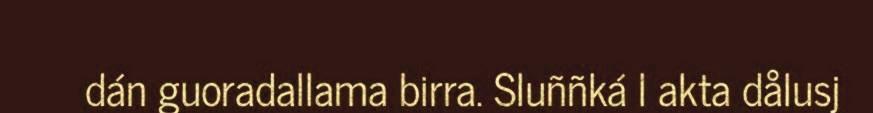
dán guoradallama birra. Sluññká l akta dålusj